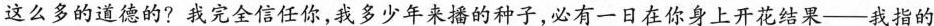
这么多的道德的?我完全信任你，我多少年来播的种子，必有一日在你身上开花结果——我指的